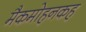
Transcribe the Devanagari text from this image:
मैकमोहनकह